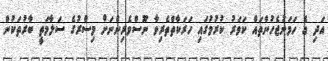
އަދި އެ ހަމަނުޖެހުންތައް ކަވަރު ކުރުމުގައި ހަރަކާތްތެރިވާ ނޫސްވެރިންނަށް މިސްރުގެ ސަލާމަތީ ބާރުތަކުން